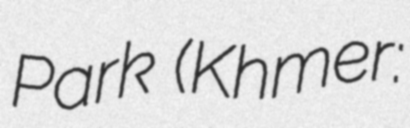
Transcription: Park (Khmer: